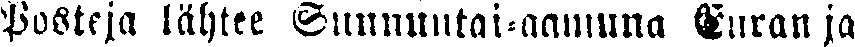
Posteja lähtee Sunnuntai-aamuna Euran ja